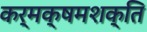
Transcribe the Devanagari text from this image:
कर्मक्षमशक्ति